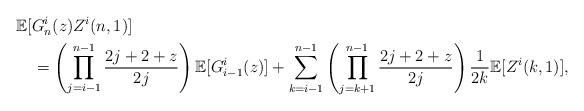
LaTeX: \begin{align*} & \mathbb{E}[G_{n}^{i}(z)Z^{i}(n,1)] \\ & ~~~ = \left( \prod_{j=i-1}^{n-1} \frac{2j+2+z}{2j} \right) \mathbb{E}[G_{i-1}^{i}(z)] + \sum_{k=i-1}^{n-1} \left( \prod_{j=k+1}^{n-1} \frac{2j+2+z}{2j} \right) \frac{1}{2k} \mathbb{E}[Z^{i}(k,1)],\end{align*}